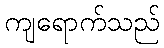
ကျရောက်သည်